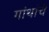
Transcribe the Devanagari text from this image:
गांथांचे